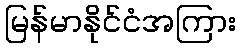
မြန်မာနိုင်ငံအကြား